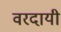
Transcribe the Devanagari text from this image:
वरदायी